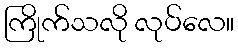
ကြိုက်သလို လုပ်လေ။